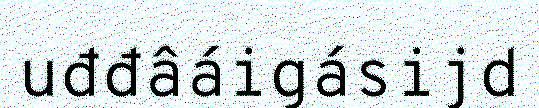
uđđâáigásijd